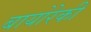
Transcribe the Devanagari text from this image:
बायोरेकी